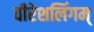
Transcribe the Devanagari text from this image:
वीरेशलिंगम्